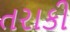
તરાકી